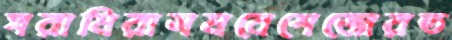
ঘরামিরাসমবেশেজোরত